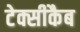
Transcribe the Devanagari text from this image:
टेक्सीकैब